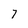
Character: 7